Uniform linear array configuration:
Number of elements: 4
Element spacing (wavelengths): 0.5
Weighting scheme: kaiser
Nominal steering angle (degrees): -30
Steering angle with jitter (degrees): -31.555
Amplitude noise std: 0.05
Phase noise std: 0.05

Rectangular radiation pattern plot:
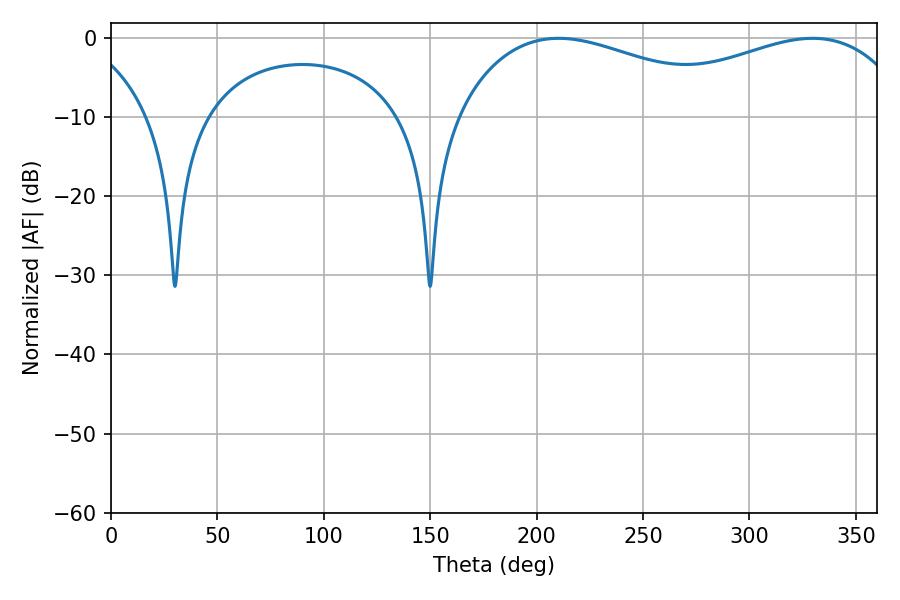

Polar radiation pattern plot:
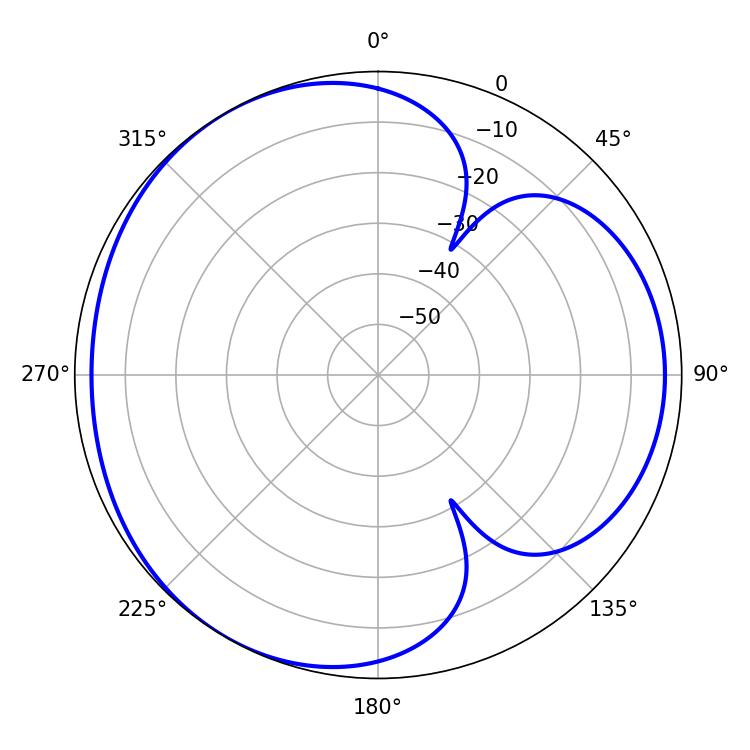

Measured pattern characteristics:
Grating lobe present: FALSE
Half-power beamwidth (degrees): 76.5
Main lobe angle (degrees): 210.24